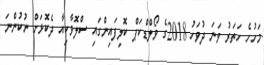
މަހުހެ ހަތަރު ވަނަ ދުވަހު 2018ގެ ވޯލްޑްކަޕް ކޮލިފައިންގައި ސްލޮވާކިއާ ދެކޮޅަށް ނުކުންނަ